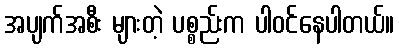
အပျက်အစီး များတဲ့ ပစ္စည်းက ပါဝင်နေပါတယ်။